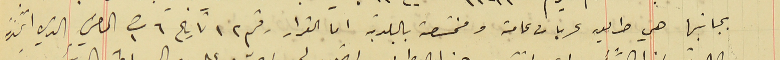
بجانبها هي طريق عربات عامة ومختصة بالبلدية اما القرار رقم ١٢ تاريخ ٦ ت١ الماضي الذي اتخذته